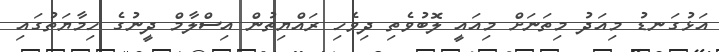
އަޅުގަނޑު މިއަދު މިތަނަށް މިއައީ ލޮބުވެތި ދިވެހި ރައްޔިތުން އިސްލާމް ދީނުގެ ހިމާޔަތުގައި